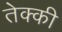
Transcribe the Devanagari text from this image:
तेक्की